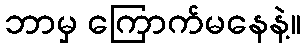
ဘာမှ ကြောက်မနေနဲ့။